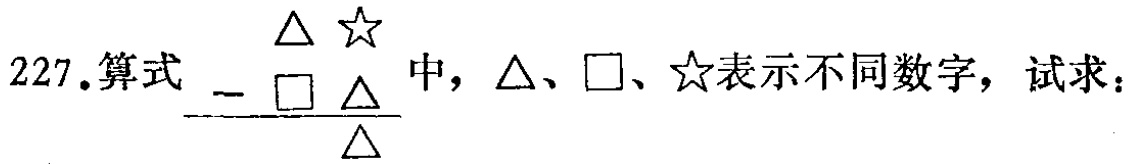
227.算式$\begin{array}{r}\triangle☆\\-\square\triangle\\\hline\triangle\end{array}$中，$\triangle$、$\square$、$☆$表示不同数字，试求：